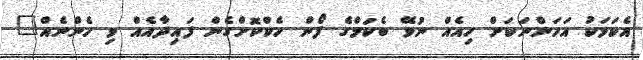
އެކަމަކު އަހަންނަކަށް ހިއެއް ނުވޭ ބެކަމްގެ ފޯން ހެކްކޮށްގެން ފައިދާއެއް ވި ހެންނެއް"